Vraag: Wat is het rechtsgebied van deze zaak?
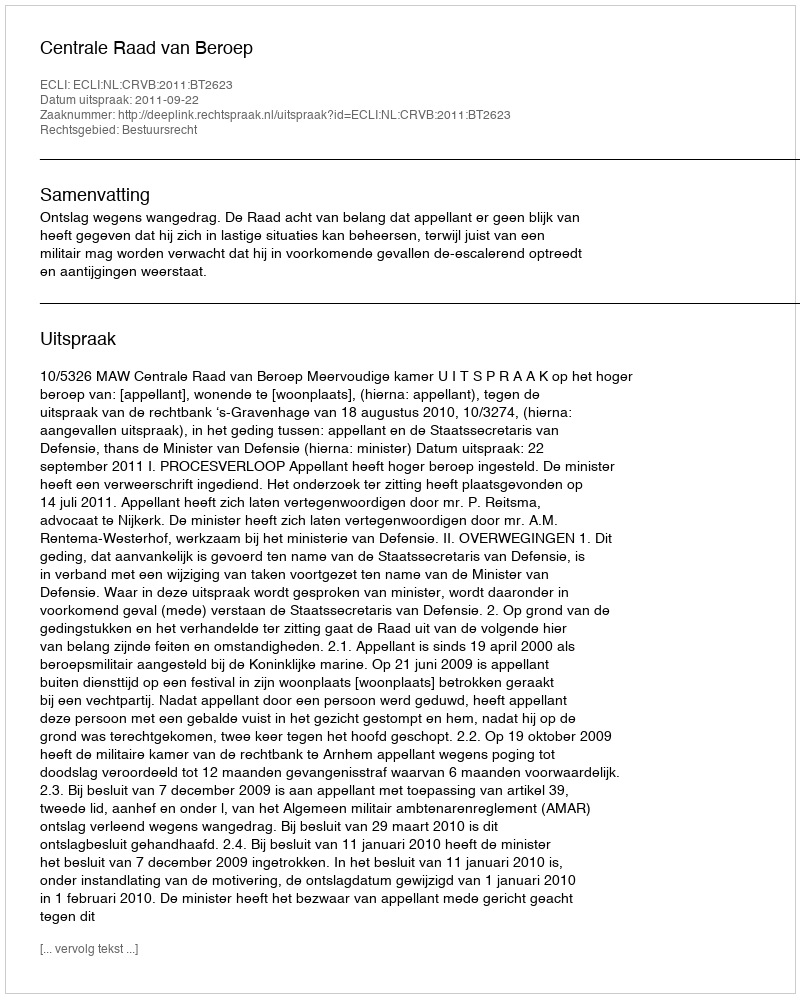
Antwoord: Bestuursrecht